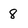
Character: 8